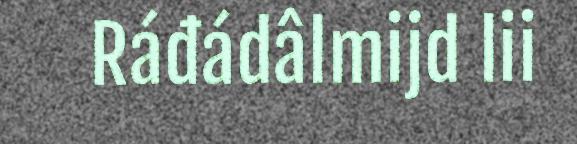
Ráđádâlmijd lii